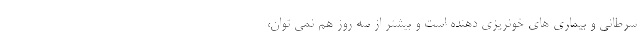
سرطانی و بیماری های خونریزی دهنده است و بیشتر از سه روز هم نمی توان،